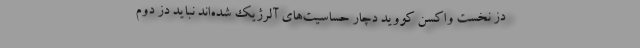
دُز نخست واکسن کووید دچار حساسیت‌های آلرژیک شده‌اند نباید دُز دوم